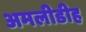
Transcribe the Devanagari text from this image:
अमलीडीह